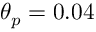
\theta _ { p } = 0 . 0 4